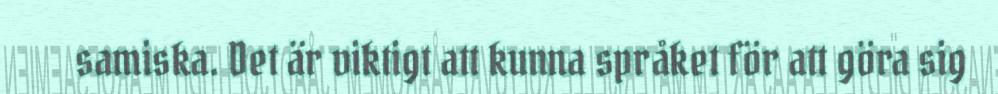
samiska. Det är viktigt att kunna språket för att göra sig